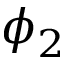
\phi _ { 2 }